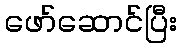
ဖော်ဆောင်ပြီး